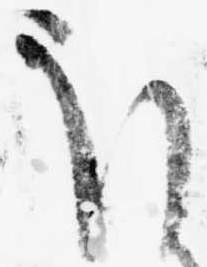
ほ